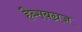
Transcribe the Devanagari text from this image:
हैब्सबग्रज